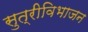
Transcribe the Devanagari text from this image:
सुत्रीविभाजन